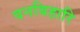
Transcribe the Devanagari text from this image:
वनबिहारि